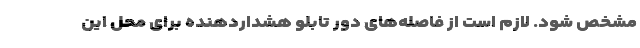
مشخص شود. لازم است از فاصله‌های دور تابلو هشداردهنده برای محل این